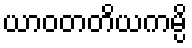
ယာဝတတိယကမ္ပိ